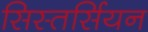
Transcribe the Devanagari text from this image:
सिस्तर्सियन